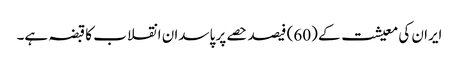
ایران کی معیشت کے (60) فیصد حصے پر پاسدان انقلاب کا قبضہ ہے۔